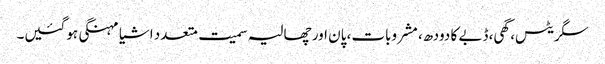
سگریٹس، گھی، ڈبے کا دودھ، مشروبات، پان اور چھالیہ سمیت متعدد اشیا مہنگی ہوگئیں۔